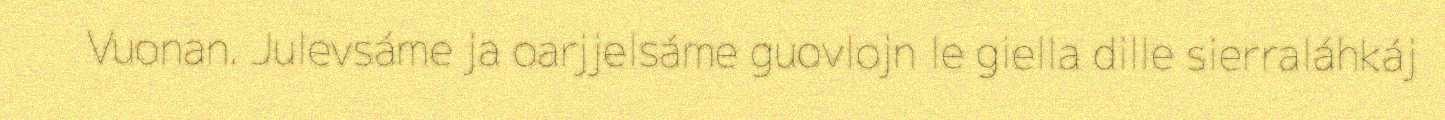
Vuonan. Julevsáme ja oarjjelsáme guovlojn le giella dille sierraláhkáj